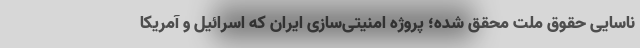
ناسایی حقوق ملت محقق شده؛ پروژه امنیتی‌سازی‌ ایران که اسرائیل و آمریکا